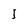
Character: I